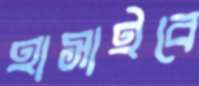
হাসাইবে